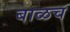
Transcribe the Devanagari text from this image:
बाळच